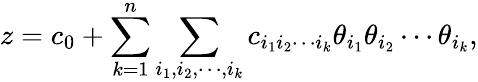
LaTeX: z=c_{0}+\sum_{k=1}^{n}\sum_{i_{1},i_{2},\cdots,i_{k}}c_{i_{1}i_{2}\cdots i_{k}}\theta_{i_{1}}\theta_{i_{2}}\cdots\theta_{i_{k}},